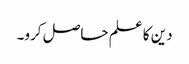
دین کا علم حاصل کرو۔